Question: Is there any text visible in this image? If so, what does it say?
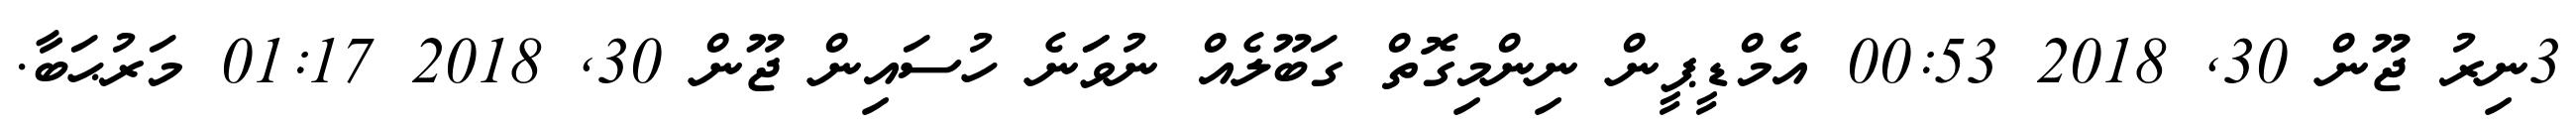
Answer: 3ނިރު ޖޫން 30, 2018 00:53 އެެމްޑީޕީން ނިންމިގޮތް ގަބޫލެއް ނުވަަނެ ހުސައިން ޖޫން 30, 2018 01:17 މަރުޙަބާ.